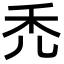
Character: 禿